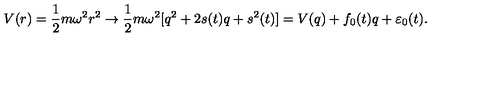
V ( r ) = \frac { 1 } { 2 } m \omega ^ { 2 } r ^ { 2 } \rightarrow \frac { 1 } { 2 } m \omega ^ { 2 } [ q ^ { 2 } + 2 s ( t ) q + s ^ { 2 } ( t ) ] = V ( q ) + f _ { 0 } ( t ) q + \varepsilon _ { 0 } ( t ) .